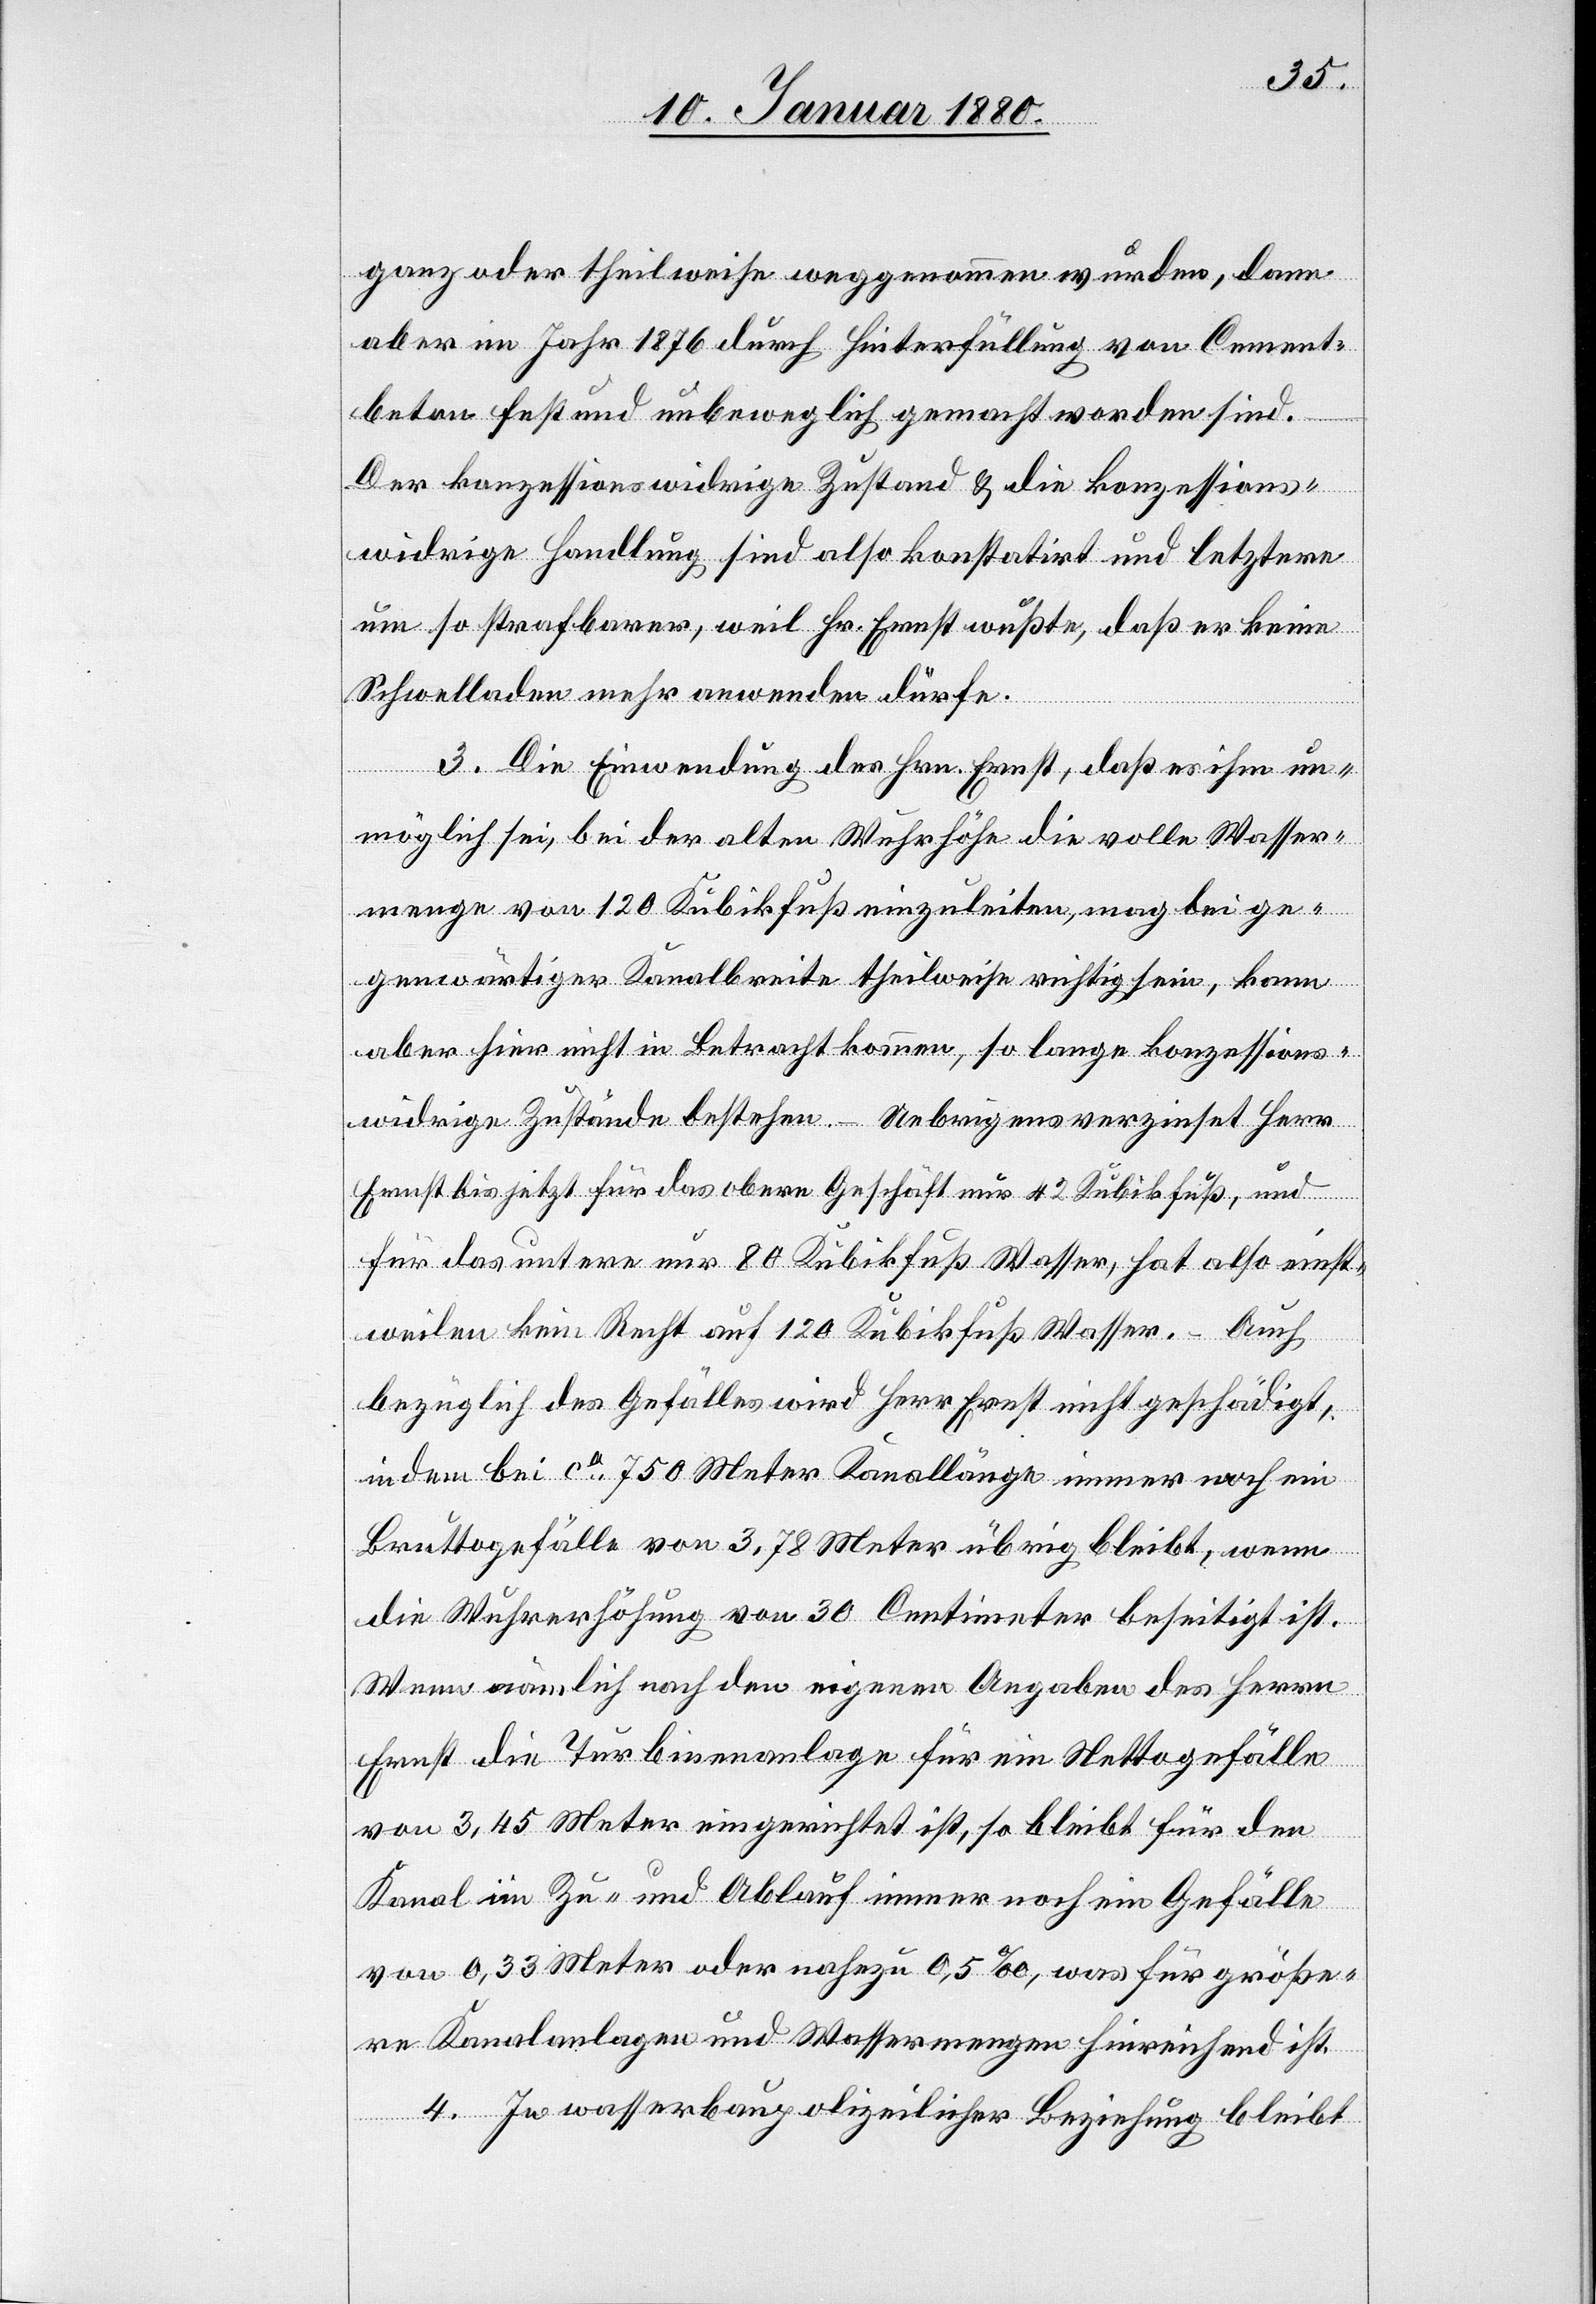
ganz oder theilweise weggenommen wurden, dann
aber im Jahr 1876 durch Hinterfüllung von Cement¬
beton fest und unbeweglich gemacht worden sind.
Der konzessionswidrige Zustand & die konezssions¬
widrige Handlung sind also konstatirt und letztere
um so strafbarer, weil Hr. Ernst wußte, daß er keine
Schwelladen mehr anwenden dürfe.
3. Die Einwendung des Hrn. Ernst, daß es ihm un¬
möglich sei, bei der alten Wuhrhöhe die volle Wasser¬
menge von 120 Kubikfuß einzuleiten, mag bei ge¬
genwärtiger Kanalbreite theilweise richtig sein, kann
aber hier nicht in Betracht kommen, so lange konzessions¬
widrige Zustände bestehen. – Uebrigens verzinset Herr
Ernst bis jetzt für das obere Geschäft nur 42 Kubikfuß, und
für das untere nur 80 Kubikfuß Wasser, hat also einst¬
weilen kein Recht auf 120 Kubikfuß Wasser. – Auch
bezüglich des Gefälles wird Herr Ernst nicht geschädigt,
indem bei ca. 750 Meter Kanallänge immer noch ein
Bruttogefälle von 3,78 Meter übrig bleibt, wenn
die Wuhrerhöhung von 30 Centimeter beseitigt ist.
Wenn nämlich nach den eigenen Angaben des Herrn
Ernst die Turbinenanlage für ein Nettogefälle
von 3,45 Meter eingerichtet ist, so bleibt für den
Kanal im Zu- und Ablauf immer noch ein Gefälle
von 0,33 Meter oder nahezu 0,5‰, was für größe¬
re Kanalanlagen und Wassermengen hinreichend ist.
4. In wasserbaupolizeilicher Beziehung bleibt